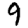
Digit: 9